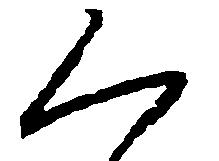
く